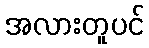
အလားတူပင်